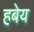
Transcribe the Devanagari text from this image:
हबेय